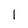
Character: 1